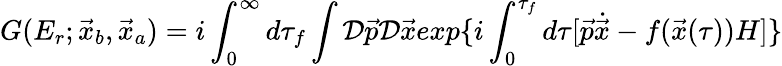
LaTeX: G(E_{r};\vec{x}_{b},\vec{x}_{a})=i\int_{0}^{\infty}d\tau_{f}\int{\cal D}\vec{p}{\cal D}\vec{x}exp\{ i\int_{0}^{\tau_{f}}d\tau[\vec{p}\dot{\vec{x}}-f(\vec{x}(\tau))H]\}